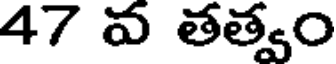
47 వ తత్వం